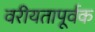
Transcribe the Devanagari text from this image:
वरीयतापूर्वक